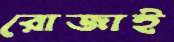
রোজাই